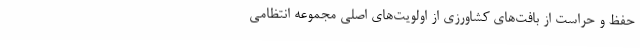
حفظ و حراست از بافت‌های کشاورزی از اولویت‌های اصلی مجموعه انتظامی